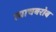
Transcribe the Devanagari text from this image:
त्याचबरोब